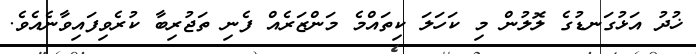
ޚުދު އަޅުގަނޑުގެ ލޮލުން މި ކަހަލަ ކިތައްމެ މަންޒަރެއް ފެނި ތަޖުރިބާ ކުރެވިފައިވާނެއެވެ.